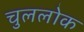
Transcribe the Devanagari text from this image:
चुललोक